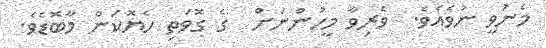
މެނުވީ ނުވެއެވެ.  ވެރިވާ މީހުންނަށް  ގެ ގޮވަތި ހެޔޮކަން މާބޮޑެވެ.